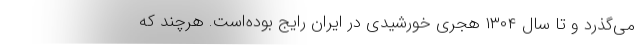
می‌گذرد و تا سال ۱۳۰۴ هجری خورشیدی در ایران رایج بوده‌است. هرچند که